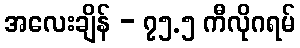
အလေးချိန် - ၇၅.၅ ကီလိုဂရမ်